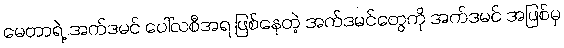
မေတာရဲ့ အက်ဒမင် ပေါ်လစီအရ ဖြစ်နေတဲ့ အက်ဒမင်တွေကို အက်ဒမင် အဖြစ်မှ